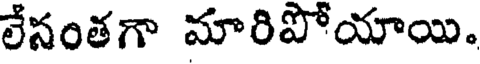
లేనంతగా మారిపోయాయి.